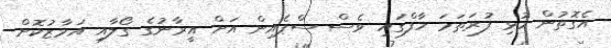
އެގޮތުން މުޅި ފުރަތަމަ ހާފްގައި ވެސް ސްޕެއިން އަށް އީރާނުގެ ގޯލާއި އަމާޒުކޮށް